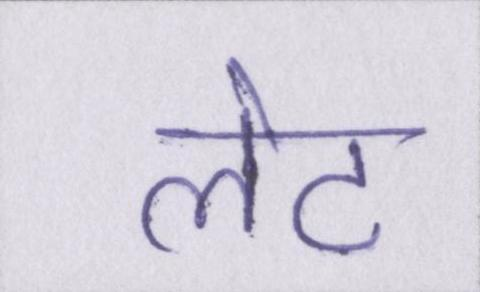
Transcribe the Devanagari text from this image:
लेट